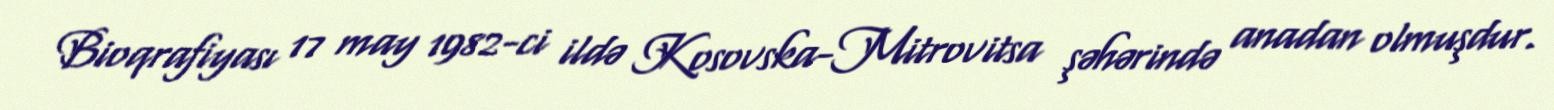
Bioqrafiyası 17 may 1982-ci ildə Kosovska-Mitrovitsa şəhərində anadan olmuşdur.